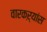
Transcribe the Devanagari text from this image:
वारकऱ्यांस